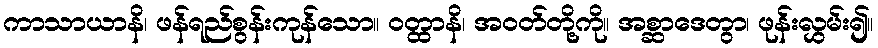
ကာသာယာနိ၊ ဖန်ရည်စွန်းကုန်သော။ ဝတ္ထာနိ၊ အဝတ်တို့ကို။ အစ္ဆာဒေတွာ၊ ဖုန်းလွှမ်း၍။